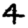
Digit: 4